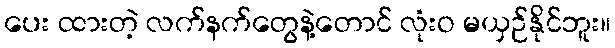
ပေး ထားတဲ့ လက်နက်တွေနဲ့တောင် လုံးဝ မယှဉ်နိုင်ဘူး။